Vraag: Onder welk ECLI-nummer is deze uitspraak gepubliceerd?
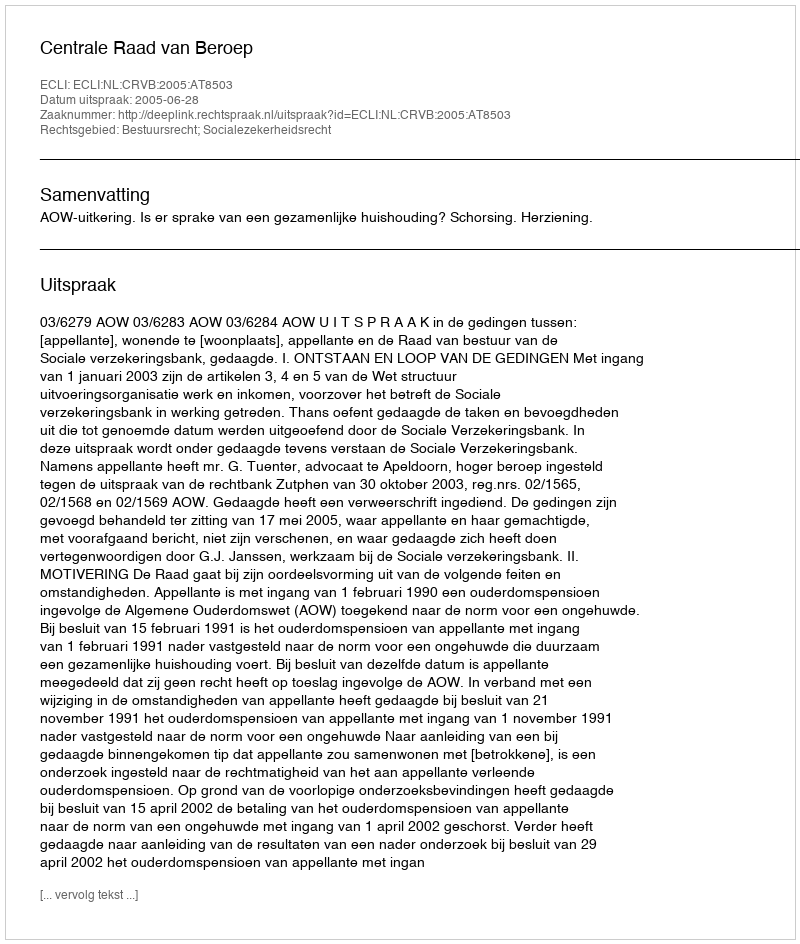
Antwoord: ECLI:NL:CRVB:2005:AT8503